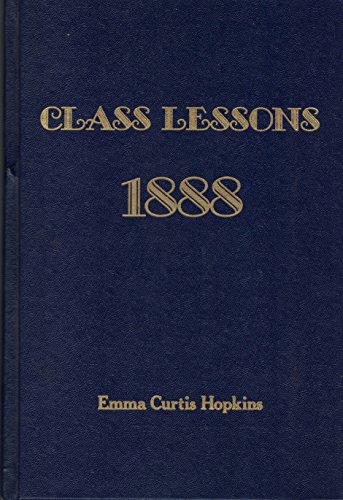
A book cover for Class lessons, 1888; Emma Curtis Hopkins; Christian Books & Bibles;